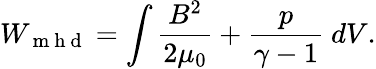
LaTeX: W_{\mathrm{~m~h~d~}}=\int\frac{B^{2}}{2\mu_{0}}+\frac{p}{\gamma-1}\ dV.